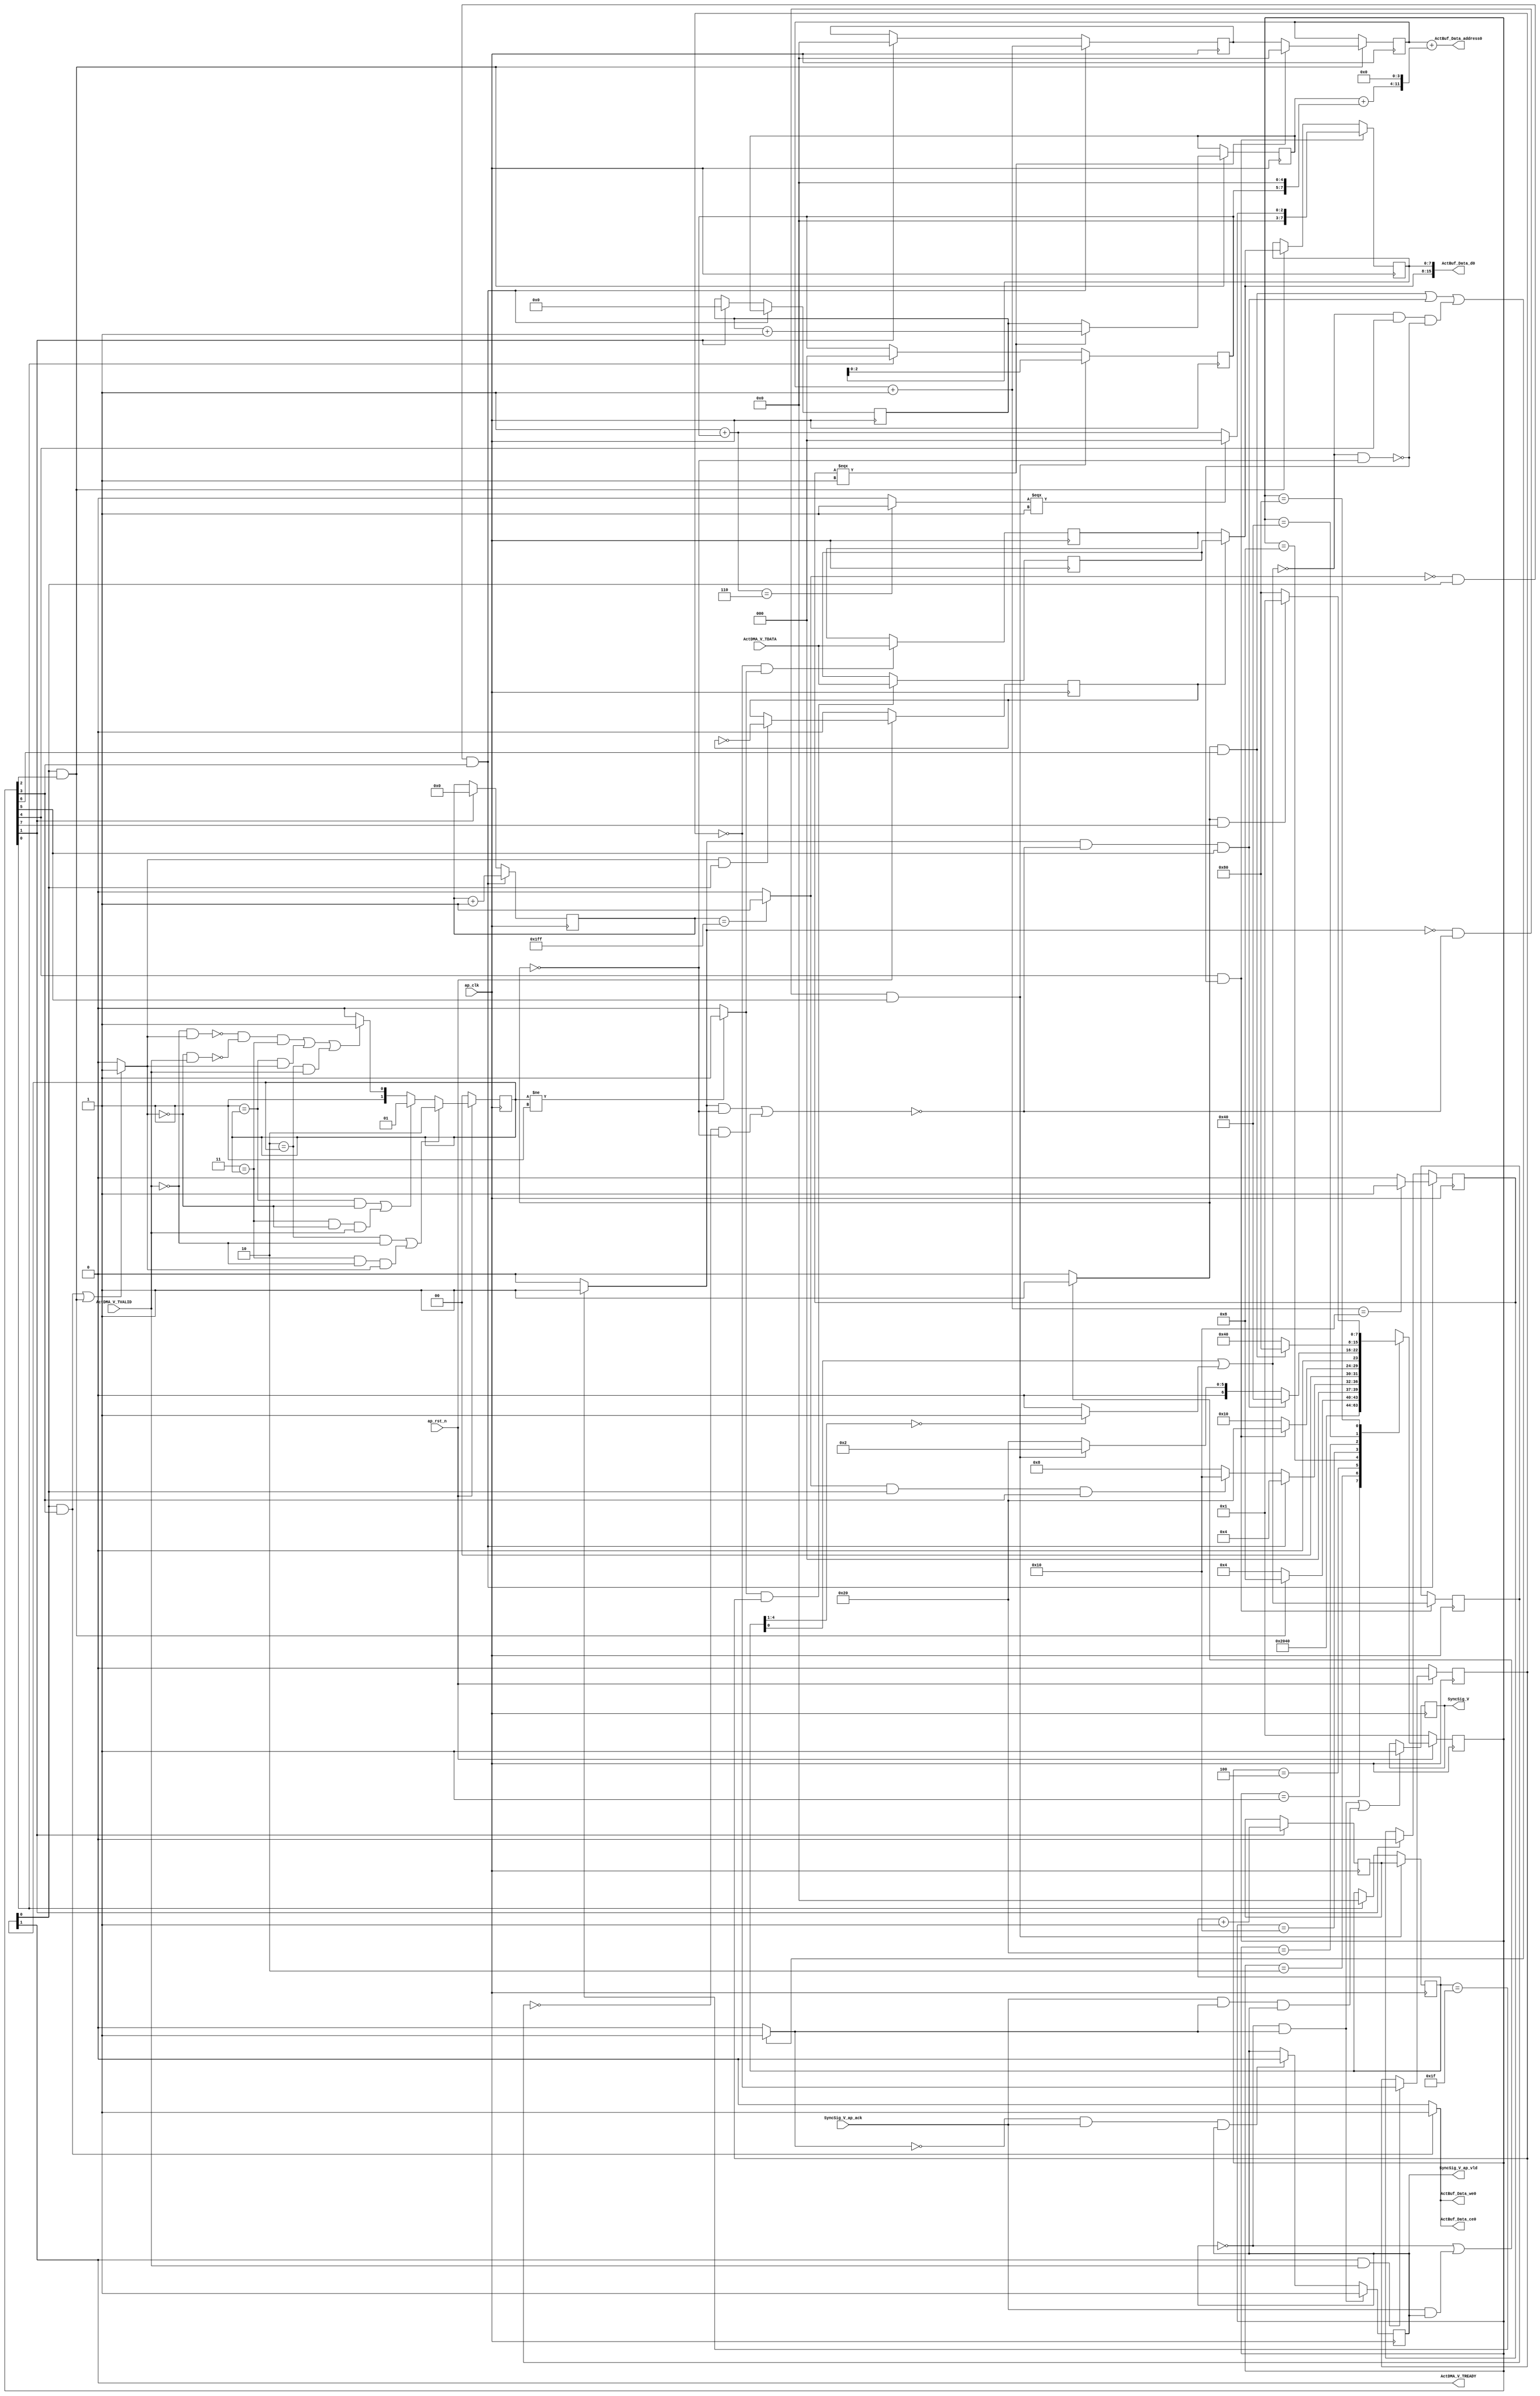
// ==============================================================
// RTL generated by Vivado(TM) HLS - High-Level Synthesis from C, C++ and SystemC
// Version: 2018.3
// Copyright (C) 1986-2018 Xilinx, Inc. All Rights Reserved.
// 
// ===========================================================

`timescale 1 ns / 1 ps 

(* CORE_GENERATION_INFO="Layer4_WriteAct,hls_ip_2018_3,{HLS_INPUT_TYPE=cxx,HLS_INPUT_FLOAT=0,HLS_INPUT_FIXED=0,HLS_INPUT_PART=xczu15eg-ffvb1156-2-i,HLS_INPUT_CLOCK=10.000000,HLS_INPUT_ARCH=others,HLS_SYN_CLOCK=2.822000,HLS_SYN_LAT=32866,HLS_SYN_TPT=none,HLS_SYN_MEM=0,HLS_SYN_DSP=0,HLS_SYN_FF=84,HLS_SYN_LUT=342,HLS_VERSION=2018_3}" *)

module Layer4_WriteAct (
        ap_clk,
        ap_rst_n,
        ActDMA_V_TDATA,
        ActDMA_V_TVALID,
        ActDMA_V_TREADY,
        SyncSig_V,
        SyncSig_V_ap_vld,
        SyncSig_V_ap_ack,
        ActBuf_Data_address0,
        ActBuf_Data_ce0,
        ActBuf_Data_we0,
        ActBuf_Data_d0
);

parameter    ap_ST_fsm_state1 = 8'd1;
parameter    ap_ST_fsm_state2 = 8'd2;
parameter    ap_ST_fsm_state3 = 8'd4;
parameter    ap_ST_fsm_state4 = 8'd8;
parameter    ap_ST_fsm_state5 = 8'd16;
parameter    ap_ST_fsm_state6 = 8'd32;
parameter    ap_ST_fsm_state7 = 8'd64;
parameter    ap_ST_fsm_state8 = 8'd128;

input   ap_clk;
input   ap_rst_n;
input  [7:0] ActDMA_V_TDATA;
input   ActDMA_V_TVALID;
output   ActDMA_V_TREADY;
output   SyncSig_V;
output   SyncSig_V_ap_vld;
input   SyncSig_V_ap_ack;
output  [11:0] ActBuf_Data_address0;
output   ActBuf_Data_ce0;
output   ActBuf_Data_we0;
output  [15:0] ActBuf_Data_d0;

reg ActBuf_Data_ce0;
reg ActBuf_Data_we0;

 reg    ap_rst_n_inv;
reg   [7:0] ActDMA_V_0_data_out;
wire    ActDMA_V_0_vld_in;
wire    ActDMA_V_0_vld_out;
wire    ActDMA_V_0_ack_in;
reg    ActDMA_V_0_ack_out;
reg   [7:0] ActDMA_V_0_payload_A;
reg   [7:0] ActDMA_V_0_payload_B;
reg    ActDMA_V_0_sel_rd;
reg    ActDMA_V_0_sel_wr;
wire    ActDMA_V_0_sel;
wire    ActDMA_V_0_load_A;
wire    ActDMA_V_0_load_B;
reg   [1:0] ActDMA_V_0_state;
wire    ActDMA_V_0_state_cmp_full;
reg    SyncSig_V_1_data_reg;
reg    SyncSig_V_1_vld_reg;
reg    SyncSig_V_1_vld_in;
reg    SyncSig_V_1_ack_in;
wire    SyncSig_V_1_ack_out;
reg    ActDMA_V_TDATA_blk_n;
(* fsm_encoding = "none" *) reg   [7:0] ap_CS_fsm;
wire    ap_CS_fsm_state3;
wire    ap_CS_fsm_state4;
reg    SyncSig_V_blk_n;
wire    ap_CS_fsm_state5;
wire   [0:0] demorgan_fu_331_p2;
wire    ap_CS_fsm_state6;
reg   [0:0] demorgan_reg_388;
wire   [0:0] tmp_fu_337_p2;
wire    ap_CS_fsm_state7;
wire    ap_CS_fsm_state8;
wire   [4:0] t_V_3_mid2_fu_209_p3;
reg   [4:0] t_V_3_mid2_reg_348;
wire   [5:0] t_V_fu_201_p3;
reg   [5:0] t_V_reg_354;
reg   [7:0] reg_360;
wire   [2:0] t_V_3_fu_303_p3;
reg    ap_block_state5_io;
wire   [4:0] t_V_5_fu_235_p2;
wire   [8:0] indvar_flatten_next_fu_273_p2;
wire   [0:0] exitcond_fu_285_p2;
wire   [4:0] p_Val2_s_fu_189_p2;
reg   [4:0] p_Val2_s_reg_383;
wire    ap_CS_fsm_state2;
reg   [2:0] t_V6_reg_121;
wire    ap_CS_fsm_state1;
reg    ap_block_state6_io;
reg   [4:0] p_Val2_5_reg_133;
reg   [0:0] exitcond4_reg_145;
wire   [0:0] exitcond_flatten_fu_279_p2;
reg   [4:0] t_V_s_reg_156;
reg   [5:0] t_V_1_reg_167;
reg   [8:0] indvar_flatten1_reg_178;
wire   [63:0] tmp_17_cast_fu_255_p1;
wire   [5:0] c_V_fu_195_p2;
wire   [7:0] tmp_s_fu_260_p3;
wire   [8:0] tmp_1_fu_268_p2;
wire   [12:0] tmp_cast_fu_220_p1;
wire   [12:0] tmp_16_cast_fu_241_p3;
wire   [12:0] tmp_2_fu_249_p2;
wire   [8:0] tmp_10_cast_fu_217_p1;
wire   [8:0] tmp_12_cast_fu_231_p1;
wire   [3:0] tmp_4_fu_311_p4;
wire   [0:0] tmp_5_fu_321_p2;
wire   [2:0] rRow_V_fu_291_p2;
wire   [0:0] tmp_6_fu_327_p1;
wire   [0:0] icmp_fu_297_p2;
reg   [7:0] ap_NS_fsm;

// power-on initialization
initial begin
#0 ActDMA_V_0_sel_rd = 1'b0;
#0 ActDMA_V_0_sel_wr = 1'b0;
#0 ActDMA_V_0_state = 2'd0;
#0 SyncSig_V_1_data_reg = 1'b0;
#0 SyncSig_V_1_vld_reg = 1'b0;
#0 ap_CS_fsm = 8'd1;
end

always @ (posedge ap_clk) begin
    if (ap_rst_n_inv == 1'b1) begin
        ActDMA_V_0_sel_rd <= 1'b0;
    end else begin
        if (((1'b1 == ActDMA_V_0_ack_out) & (1'b1 == ActDMA_V_0_vld_out))) begin
            ActDMA_V_0_sel_rd <= ~ActDMA_V_0_sel_rd;
        end
    end
end

always @ (posedge ap_clk) begin
    if (ap_rst_n_inv == 1'b1) begin
        ActDMA_V_0_sel_wr <= 1'b0;
    end else begin
        if (((1'b1 == ActDMA_V_0_ack_in) & (1'b1 == ActDMA_V_0_vld_in))) begin
            ActDMA_V_0_sel_wr <= ~ActDMA_V_0_sel_wr;
        end
    end
end

always @ (posedge ap_clk) begin
    if (ap_rst_n_inv == 1'b1) begin
        ActDMA_V_0_state <= 2'd0;
    end else begin
        if ((((2'd2 == ActDMA_V_0_state) & (1'b0 == ActDMA_V_0_vld_in)) | ((2'd3 == ActDMA_V_0_state) & (1'b0 == ActDMA_V_0_vld_in) & (1'b1 == ActDMA_V_0_ack_out)))) begin
            ActDMA_V_0_state <= 2'd2;
        end else if ((((2'd1 == ActDMA_V_0_state) & (1'b0 == ActDMA_V_0_ack_out)) | ((2'd3 == ActDMA_V_0_state) & (1'b0 == ActDMA_V_0_ack_out) & (1'b1 == ActDMA_V_0_vld_in)))) begin
            ActDMA_V_0_state <= 2'd1;
        end else if (((~((1'b0 == ActDMA_V_0_vld_in) & (1'b1 == ActDMA_V_0_ack_out)) & ~((1'b0 == ActDMA_V_0_ack_out) & (1'b1 == ActDMA_V_0_vld_in)) & (2'd3 == ActDMA_V_0_state)) | ((2'd1 == ActDMA_V_0_state) & (1'b1 == ActDMA_V_0_ack_out)) | ((2'd2 == ActDMA_V_0_state) & (1'b1 == ActDMA_V_0_vld_in)))) begin
            ActDMA_V_0_state <= 2'd3;
        end else begin
            ActDMA_V_0_state <= 2'd2;
        end
    end
end

always @ (posedge ap_clk) begin
    if (ap_rst_n_inv == 1'b1) begin
        ap_CS_fsm <= ap_ST_fsm_state1;
    end else begin
        ap_CS_fsm <= ap_NS_fsm;
    end
end

always @ (posedge ap_clk) begin
    if (((1'b0 == SyncSig_V_1_vld_reg) & (1'b1 == SyncSig_V_1_vld_in))) begin
        SyncSig_V_1_vld_reg <= 1'b1;
    end else if (((1'b0 == SyncSig_V_1_vld_in) & (1'b1 == SyncSig_V_1_ack_out) & (1'b1 == SyncSig_V_1_vld_reg))) begin
        SyncSig_V_1_vld_reg <= 1'b0;
    end
end

always @ (posedge ap_clk) begin
    if (((exitcond_flatten_fu_279_p2 == 1'd0) & (1'b1 == ActDMA_V_0_vld_out) & (1'b1 == ap_CS_fsm_state4))) begin
        exitcond4_reg_145 <= exitcond_fu_285_p2;
    end else if ((1'b1 == ap_CS_fsm_state2)) begin
        exitcond4_reg_145 <= 1'd0;
    end
end

always @ (posedge ap_clk) begin
    if (((exitcond_flatten_fu_279_p2 == 1'd0) & (1'b1 == ActDMA_V_0_vld_out) & (1'b1 == ap_CS_fsm_state4))) begin
        indvar_flatten1_reg_178 <= indvar_flatten_next_fu_273_p2;
    end else if ((1'b1 == ap_CS_fsm_state2)) begin
        indvar_flatten1_reg_178 <= 9'd0;
    end
end

always @ (posedge ap_clk) begin
    if (((tmp_fu_337_p2 == 1'd0) & (1'b0 == ap_block_state6_io) & (1'b1 == ap_CS_fsm_state6))) begin
        p_Val2_5_reg_133 <= p_Val2_s_reg_383;
    end else if ((1'b1 == ap_CS_fsm_state1)) begin
        p_Val2_5_reg_133 <= 5'd0;
    end
end

always @ (posedge ap_clk) begin
    if (((1'b1 == ap_CS_fsm_state5) & (1'b0 == ap_block_state5_io))) begin
        reg_360 <= t_V_3_fu_303_p3;
    end else if (((1'b1 == ActDMA_V_0_vld_out) & (1'b1 == ap_CS_fsm_state3))) begin
        reg_360 <= ActDMA_V_0_data_out;
    end
end

always @ (posedge ap_clk) begin
    if (((tmp_fu_337_p2 == 1'd0) & (1'b0 == ap_block_state6_io) & (1'b1 == ap_CS_fsm_state6))) begin
        t_V6_reg_121 <= reg_360;
    end else if ((1'b1 == ap_CS_fsm_state1)) begin
        t_V6_reg_121 <= 3'd0;
    end
end

always @ (posedge ap_clk) begin
    if (((exitcond_flatten_fu_279_p2 == 1'd0) & (1'b1 == ActDMA_V_0_vld_out) & (1'b1 == ap_CS_fsm_state4))) begin
        t_V_1_reg_167 <= t_V_reg_354;
    end else if ((1'b1 == ap_CS_fsm_state2)) begin
        t_V_1_reg_167 <= 6'd0;
    end
end

always @ (posedge ap_clk) begin
    if (((exitcond_flatten_fu_279_p2 == 1'd0) & (1'b1 == ActDMA_V_0_vld_out) & (1'b1 == ap_CS_fsm_state4))) begin
        t_V_s_reg_156 <= t_V_5_fu_235_p2;
    end else if ((1'b1 == ap_CS_fsm_state2)) begin
        t_V_s_reg_156 <= 5'd0;
    end
end

always @ (posedge ap_clk) begin
    if ((1'b1 == ActDMA_V_0_load_A)) begin
        ActDMA_V_0_payload_A <= ActDMA_V_TDATA;
    end
end

always @ (posedge ap_clk) begin
    if ((1'b1 == ActDMA_V_0_load_B)) begin
        ActDMA_V_0_payload_B <= ActDMA_V_TDATA;
    end
end

always @ (posedge ap_clk) begin
    if ((((1'b0 == SyncSig_V_1_vld_reg) & (1'b1 == SyncSig_V_1_vld_in)) | ((1'b1 == SyncSig_V_1_ack_out) & (1'b1 == SyncSig_V_1_vld_in) & (1'b1 == SyncSig_V_1_vld_reg)))) begin
        SyncSig_V_1_data_reg <= 1'd1;
    end
end

always @ (posedge ap_clk) begin
    if (((1'b1 == ap_CS_fsm_state5) & (1'b0 == ap_block_state5_io))) begin
        demorgan_reg_388 <= demorgan_fu_331_p2;
    end
end

always @ (posedge ap_clk) begin
    if ((1'b1 == ap_CS_fsm_state2)) begin
        p_Val2_s_reg_383 <= p_Val2_s_fu_189_p2;
    end
end

always @ (posedge ap_clk) begin
    if (((1'b1 == ActDMA_V_0_vld_out) & (1'b1 == ap_CS_fsm_state3))) begin
        t_V_3_mid2_reg_348 <= t_V_3_mid2_fu_209_p3;
        t_V_reg_354 <= t_V_fu_201_p3;
    end
end

always @ (*) begin
    if (((1'b1 == ActDMA_V_0_vld_out) & (1'b1 == ap_CS_fsm_state4))) begin
        ActBuf_Data_ce0 = 1'b1;
    end else begin
        ActBuf_Data_ce0 = 1'b0;
    end
end

always @ (*) begin
    if (((1'b1 == ActDMA_V_0_vld_out) & (1'b1 == ap_CS_fsm_state4))) begin
        ActBuf_Data_we0 = 1'b1;
    end else begin
        ActBuf_Data_we0 = 1'b0;
    end
end

always @ (*) begin
    if ((((1'b1 == ActDMA_V_0_vld_out) & (1'b1 == ap_CS_fsm_state4)) | ((1'b1 == ActDMA_V_0_vld_out) & (1'b1 == ap_CS_fsm_state3)))) begin
        ActDMA_V_0_ack_out = 1'b1;
    end else begin
        ActDMA_V_0_ack_out = 1'b0;
    end
end

always @ (*) begin
    if ((1'b1 == ActDMA_V_0_sel)) begin
        ActDMA_V_0_data_out = ActDMA_V_0_payload_B;
    end else begin
        ActDMA_V_0_data_out = ActDMA_V_0_payload_A;
    end
end

always @ (*) begin
    if (((1'b1 == ap_CS_fsm_state4) | (1'b1 == ap_CS_fsm_state3))) begin
        ActDMA_V_TDATA_blk_n = ActDMA_V_0_state[1'd0];
    end else begin
        ActDMA_V_TDATA_blk_n = 1'b1;
    end
end

always @ (*) begin
    if (((1'b0 == SyncSig_V_1_vld_reg) | ((1'b1 == SyncSig_V_1_ack_out) & (1'b1 == SyncSig_V_1_vld_reg)))) begin
        SyncSig_V_1_ack_in = 1'b1;
    end else begin
        SyncSig_V_1_ack_in = 1'b0;
    end
end

always @ (*) begin
    if ((((1'b1 == SyncSig_V_1_ack_in) & (1'b1 == ap_CS_fsm_state7)) | ((tmp_fu_337_p2 == 1'd1) & (1'b0 == ap_block_state6_io) & (1'b1 == ap_CS_fsm_state6)) | ((demorgan_fu_331_p2 == 1'd0) & (1'b1 == ap_CS_fsm_state5) & (1'b0 == ap_block_state5_io)))) begin
        SyncSig_V_1_vld_in = 1'b1;
    end else begin
        SyncSig_V_1_vld_in = 1'b0;
    end
end

always @ (*) begin
    if (((1'b1 == ap_CS_fsm_state8) | (1'b1 == ap_CS_fsm_state7) | ((tmp_fu_337_p2 == 1'd1) & (1'b1 == ap_CS_fsm_state6)) | ((demorgan_reg_388 == 1'd0) & (1'b1 == ap_CS_fsm_state6)) | ((demorgan_fu_331_p2 == 1'd0) & (1'b1 == ap_CS_fsm_state5)))) begin
        SyncSig_V_blk_n = SyncSig_V_1_ack_in;
    end else begin
        SyncSig_V_blk_n = 1'b1;
    end
end

always @ (*) begin
    case (ap_CS_fsm)
        ap_ST_fsm_state1 : begin
            ap_NS_fsm = ap_ST_fsm_state2;
        end
        ap_ST_fsm_state2 : begin
            ap_NS_fsm = ap_ST_fsm_state3;
        end
        ap_ST_fsm_state3 : begin
            if (((1'b1 == ActDMA_V_0_vld_out) & (1'b1 == ap_CS_fsm_state3))) begin
                ap_NS_fsm = ap_ST_fsm_state4;
            end else begin
                ap_NS_fsm = ap_ST_fsm_state3;
            end
        end
        ap_ST_fsm_state4 : begin
            if (((exitcond_flatten_fu_279_p2 == 1'd0) & (1'b1 == ActDMA_V_0_vld_out) & (1'b1 == ap_CS_fsm_state4))) begin
                ap_NS_fsm = ap_ST_fsm_state3;
            end else if (((exitcond_flatten_fu_279_p2 == 1'd1) & (1'b1 == ActDMA_V_0_vld_out) & (1'b1 == ap_CS_fsm_state4))) begin
                ap_NS_fsm = ap_ST_fsm_state5;
            end else begin
                ap_NS_fsm = ap_ST_fsm_state4;
            end
        end
        ap_ST_fsm_state5 : begin
            if (((1'b1 == ap_CS_fsm_state5) & (1'b0 == ap_block_state5_io))) begin
                ap_NS_fsm = ap_ST_fsm_state6;
            end else begin
                ap_NS_fsm = ap_ST_fsm_state5;
            end
        end
        ap_ST_fsm_state6 : begin
            if (((tmp_fu_337_p2 == 1'd1) & (1'b0 == ap_block_state6_io) & (1'b1 == ap_CS_fsm_state6))) begin
                ap_NS_fsm = ap_ST_fsm_state7;
            end else if (((tmp_fu_337_p2 == 1'd0) & (1'b0 == ap_block_state6_io) & (1'b1 == ap_CS_fsm_state6))) begin
                ap_NS_fsm = ap_ST_fsm_state2;
            end else begin
                ap_NS_fsm = ap_ST_fsm_state6;
            end
        end
        ap_ST_fsm_state7 : begin
            if (((1'b1 == SyncSig_V_1_ack_in) & (1'b1 == ap_CS_fsm_state7))) begin
                ap_NS_fsm = ap_ST_fsm_state8;
            end else begin
                ap_NS_fsm = ap_ST_fsm_state7;
            end
        end
        ap_ST_fsm_state8 : begin
            if (((1'b1 == SyncSig_V_1_ack_in) & (1'b1 == ap_CS_fsm_state8))) begin
                ap_NS_fsm = ap_ST_fsm_state1;
            end else begin
                ap_NS_fsm = ap_ST_fsm_state8;
            end
        end
        default : begin
            ap_NS_fsm = 'bx;
        end
    endcase
end

assign ActBuf_Data_address0 = tmp_17_cast_fu_255_p1;

assign ActBuf_Data_d0 = {{ActDMA_V_0_data_out}, {reg_360}};

assign ActDMA_V_0_ack_in = ActDMA_V_0_state[1'd1];

assign ActDMA_V_0_load_A = (~ActDMA_V_0_sel_wr & ActDMA_V_0_state_cmp_full);

assign ActDMA_V_0_load_B = (ActDMA_V_0_state_cmp_full & ActDMA_V_0_sel_wr);

assign ActDMA_V_0_sel = ActDMA_V_0_sel_rd;

assign ActDMA_V_0_state_cmp_full = ((ActDMA_V_0_state != 2'd1) ? 1'b1 : 1'b0);

assign ActDMA_V_0_vld_in = ActDMA_V_TVALID;

assign ActDMA_V_0_vld_out = ActDMA_V_0_state[1'd0];

assign ActDMA_V_TREADY = ActDMA_V_0_state[1'd1];

assign SyncSig_V = SyncSig_V_1_data_reg;

assign SyncSig_V_1_ack_out = SyncSig_V_ap_ack;

assign SyncSig_V_ap_vld = SyncSig_V_1_vld_reg;

assign ap_CS_fsm_state1 = ap_CS_fsm[32'd0];

assign ap_CS_fsm_state2 = ap_CS_fsm[32'd1];

assign ap_CS_fsm_state3 = ap_CS_fsm[32'd2];

assign ap_CS_fsm_state4 = ap_CS_fsm[32'd3];

assign ap_CS_fsm_state5 = ap_CS_fsm[32'd4];

assign ap_CS_fsm_state6 = ap_CS_fsm[32'd5];

assign ap_CS_fsm_state7 = ap_CS_fsm[32'd6];

assign ap_CS_fsm_state8 = ap_CS_fsm[32'd7];

always @ (*) begin
    ap_block_state5_io = ((demorgan_fu_331_p2 == 1'd0) & (1'b0 == SyncSig_V_1_ack_in));
end

always @ (*) begin
    ap_block_state6_io = (((tmp_fu_337_p2 == 1'd1) & (1'b0 == SyncSig_V_1_ack_in)) | ((demorgan_reg_388 == 1'd0) & (1'b0 == SyncSig_V_1_ack_in)));
end

always @ (*) begin
    ap_rst_n_inv = ~ap_rst_n;
end

assign c_V_fu_195_p2 = (t_V_1_reg_167 + 6'd1);

assign demorgan_fu_331_p2 = (tmp_6_fu_327_p1 | icmp_fu_297_p2);

assign exitcond_flatten_fu_279_p2 = ((indvar_flatten1_reg_178 == 9'd511) ? 1'b1 : 1'b0);

assign exitcond_fu_285_p2 = ((t_V_5_fu_235_p2 == 5'd16) ? 1'b1 : 1'b0);

assign icmp_fu_297_p2 = ((tmp_4_fu_311_p4 == 4'd0) ? 1'b1 : 1'b0);

assign indvar_flatten_next_fu_273_p2 = (indvar_flatten1_reg_178 + 9'd1);

assign p_Val2_s_fu_189_p2 = (p_Val2_5_reg_133 + 5'd1);

assign rRow_V_fu_291_p2 = (3'd1 + t_V6_reg_121);

assign t_V_3_fu_303_p3 = ((tmp_5_fu_321_p2[0:0] === 1'b1) ? 3'd0 : rRow_V_fu_291_p2);

assign t_V_3_mid2_fu_209_p3 = ((exitcond4_reg_145[0:0] === 1'b1) ? 5'd0 : t_V_s_reg_156);

assign t_V_5_fu_235_p2 = (t_V_3_mid2_reg_348 + 5'd1);

assign t_V_fu_201_p3 = ((exitcond4_reg_145[0:0] === 1'b1) ? c_V_fu_195_p2 : t_V_1_reg_167);

assign tmp_10_cast_fu_217_p1 = t_V_reg_354;

assign tmp_12_cast_fu_231_p1 = tmp_s_fu_260_p3;

assign tmp_16_cast_fu_241_p3 = {{tmp_1_fu_268_p2}, {4'd0}};

assign tmp_17_cast_fu_255_p1 = tmp_2_fu_249_p2;

assign tmp_1_fu_268_p2 = (tmp_10_cast_fu_217_p1 + tmp_12_cast_fu_231_p1);

assign tmp_2_fu_249_p2 = (tmp_cast_fu_220_p1 + tmp_16_cast_fu_241_p3);

assign tmp_4_fu_311_p4 = {{p_Val2_5_reg_133[4:1]}};

assign tmp_5_fu_321_p2 = ((rRow_V_fu_291_p2 == 3'd6) ? 1'b1 : 1'b0);

assign tmp_6_fu_327_p1 = p_Val2_5_reg_133[0:0];

assign tmp_cast_fu_220_p1 = t_V_3_mid2_reg_348;

assign tmp_fu_337_p2 = ((p_Val2_5_reg_133 == 5'd31) ? 1'b1 : 1'b0);

assign tmp_s_fu_260_p3 = {{t_V6_reg_121}, {5'd0}};

endmodule //Layer4_WriteAct